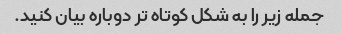
جمله زیر را به شکل کوتاه تر دوباره بیان کنید.